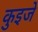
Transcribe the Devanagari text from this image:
कुइजे